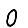
Digit: 0